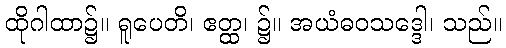
ထိုဂါထာ၌။ ရူပေတိ၊ ဧတ္ထ၊ ၌။ အယံဓဝသဒ္ဒေါ၊ သည်။